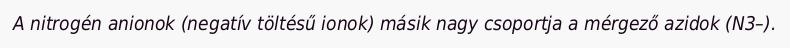
A nitrogén anionok (negatív töltésű ionok) másik nagy csoportja a mérgező azidok (N3–).